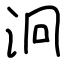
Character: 泂